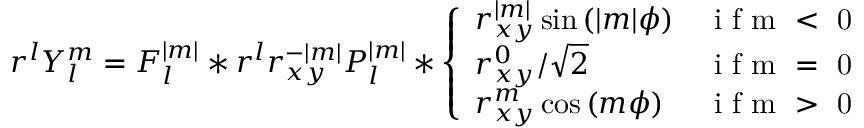
r ^ { l } Y _ { l } ^ { m } = F _ { l } ^ { | m | } * r ^ { l } r _ { x y } ^ { - | m | } P _ { l } ^ { | m | } * \left\{ \begin{array} { l l } { r _ { x y } ^ { | m | } \sin { ( | m | \phi ) } } & { \mathrm { ~ i ~ f ~ m ~ < ~ 0 ~ } } \\ { r _ { x y } ^ { 0 } / \sqrt { 2 } } & { \mathrm { ~ i ~ f ~ m ~ = ~ 0 ~ } } \\ { r _ { x y } ^ { m } \cos { ( m \phi ) } } & { \mathrm { ~ i ~ f ~ m ~ > ~ 0 ~ } } \end{array} \right.